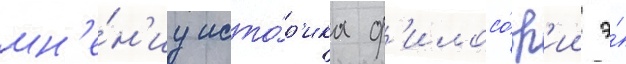
мн'е́н'иу исто́р'ика ф'илосо́ф'ии э́